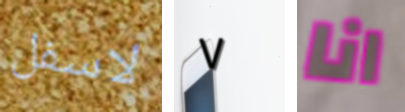
لاسفل ٧ انا